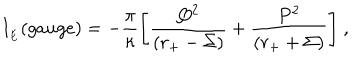
I _ { \phantom { } _ { E } } ( g a u g e ) = - \frac { \pi } { \kappa } \Biggl [ \frac { Q ^ { 2 } } { ( r _ { + } - \Sigma ) } + \frac { P ^ { 2 } } { ( r _ { + } + \Sigma ) } \Biggr ] \ ,